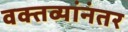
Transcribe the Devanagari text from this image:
वक्तव्यांनंतर